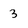
Character: 3